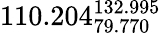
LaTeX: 110.204_{79.770}^{132.995}